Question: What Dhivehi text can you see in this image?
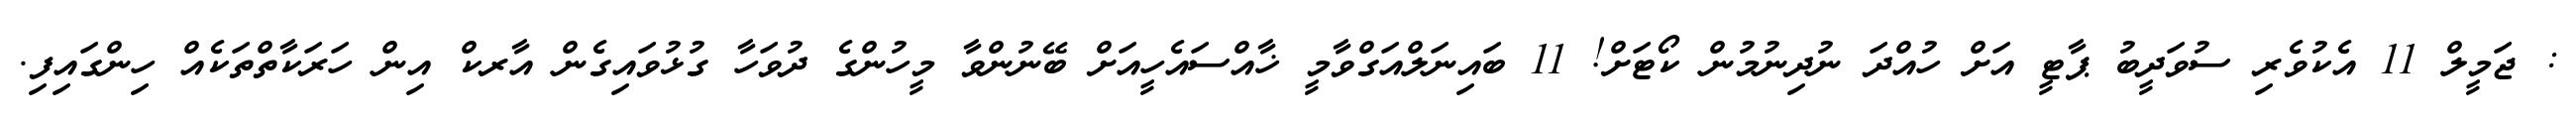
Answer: : ޖަމީލް 11 އެކުވެރި ސުވަދީބު ޕާޓީ އަށް ހުއްދަ ނުދިނުމުން ކޯޓަށް! 11 ބައިނަލްއަގްވާމީ ޚާއްސައެހީއަށް ބޭނުންވާ މީހުންގެ ދުވަހާ ގުޅުވައިގެން އާރކް އިން ހަރަކާތްތަކެއް ހިންގައިފި.